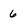
Character: 6